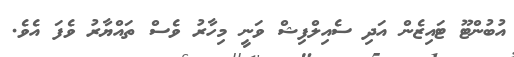
އުބުންޓޫ ޓައިޒެން އަދި ސެއިލްފިޝް ވަނީ މިހާރު ވެސް ތައްޔާރު ވެފަ އެވެ.